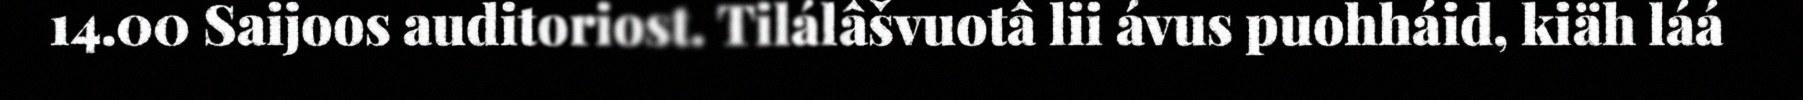
14.00 Saijoos auditoriost. Tilálâšvuotâ lii ávus puohháid, kiäh láá